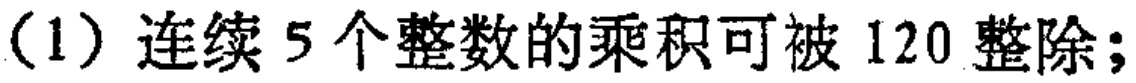
（1）连续 5 个整数的乘积可被 120 整除；